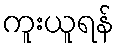
ကူးယူရန်